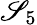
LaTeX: \mathscr{S}_{5}